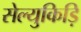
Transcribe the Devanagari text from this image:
सेल्युकिड़ि